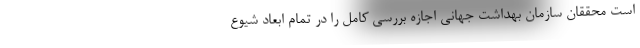
است محققان سازمان بهداشت جهانی اجازه بررسی کامل را در تمام ابعاد شیوع